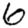
Digit: 6